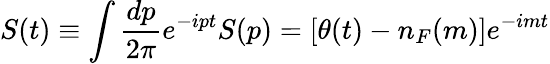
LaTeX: S(t)\equiv\int{\frac{dp}{2\pi}}e^{-ipt}S(p)=\left[\theta(t)-n_{F}(m)\right]e^{-imt}